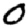
Digit: 0